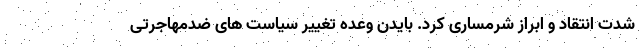
شدت انتقاد و ابراز شرمساری کرد. بایدن وعده تغییر سیاست های ضدمهاجرتی